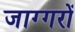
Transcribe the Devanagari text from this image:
जाग्गरों